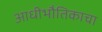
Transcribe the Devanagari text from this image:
आधीभौतिकाचा